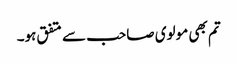
تم بھی مولوی صاحب سے متفق ہو۔